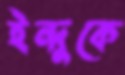
ইন্দুকে